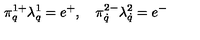
\pi _ { q } ^ { 1 + } \lambda _ { q } ^ { 1 } = e ^ { + } , \quad \pi _ { \dot { q } } ^ { 2 - } \lambda _ { \dot { q } } ^ { 2 } = e ^ { - }